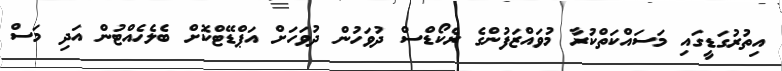
އިތުރުގަޑީގައި މަސައްކަތްކުރާ މުވައްޒަފުންގެ ރެކޯޑްސް ދުވަހުން ދުވަހަށް އަޕްޑޭޓްކޮށް ބެލެހެއްޓުން އަދި މަސް